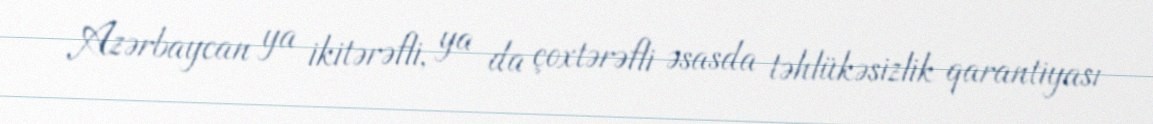
Azərbaycan ya ikitərəfli, ya da çoxtərəfli əsasda təhlükəsizlik qarantiyası